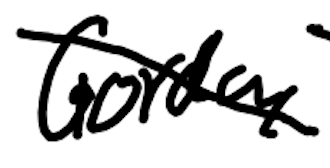
Text: Gorda,
Cross-out: diagonal
Writing tool: digital_black